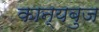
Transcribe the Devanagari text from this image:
कान्यबुज